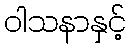
ဝါသနာနှင့်